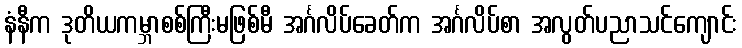
နံနီက ဒုတိယကမ္ဘာစစ်ကြီးမဖြစ်မီ အင်္ဂလိပ်ခေတ်က အင်္ဂလိပ်စာ အလွတ်ပညာသင်ကျောင်း